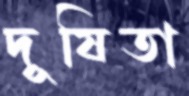
দূষিতা